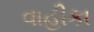
વાહીકા